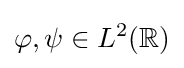
\varphi ,\psi \in L^{2}(\mathbb {R} )